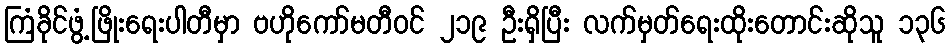
ကြံခိုင်ဖွံ့ဖြိုးရေးပါတီမှာ ဗဟိုကော်မတီဝင် ၂၁၉ ဦးရှိပြီး လက်မှတ်ရေးထိုးတောင်းဆိုသူ ၁၃၆